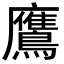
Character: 鷹